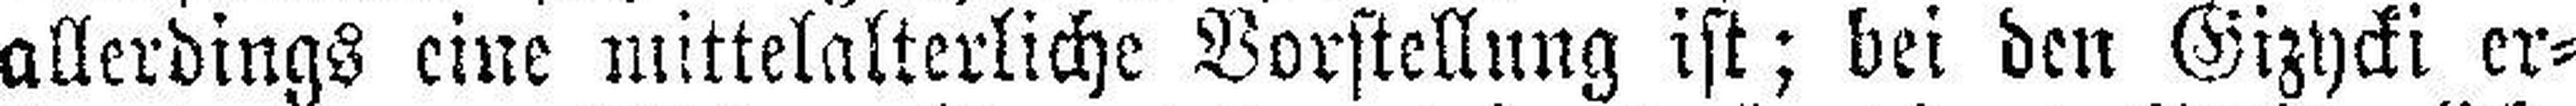
allerdings eine mittelalterliche Vorstellung ist; bei den Gizycki er¬